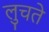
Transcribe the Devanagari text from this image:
लुचते